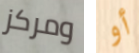
ومركز أو